Report of the Indian Hemp Drugs Commission, 1894-1895 - Volume VII
Year: 1894
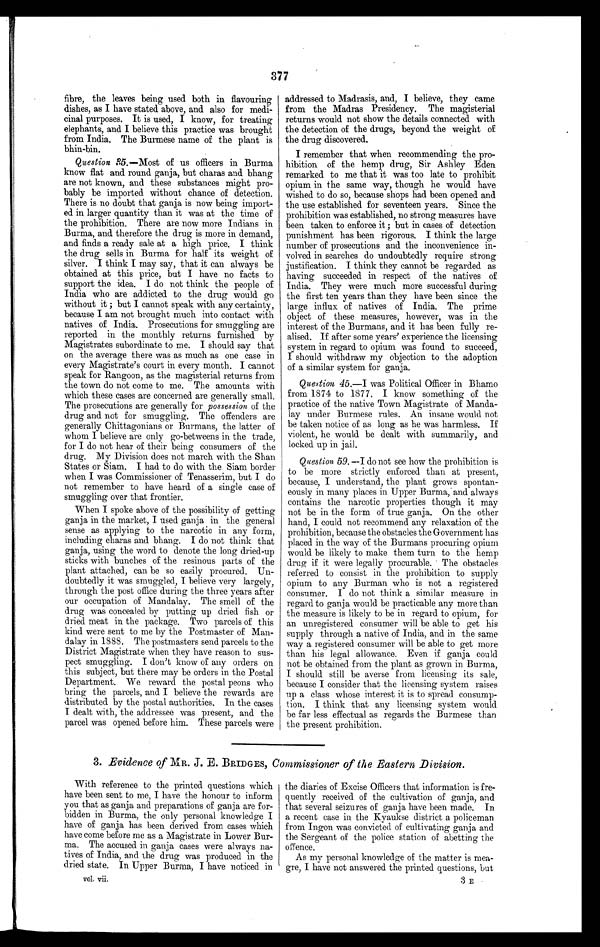
377
fibre, the leaves being used both in flavouring
dishes, as I have stated above, and also for medi-
cinal purposes. It is used, I know, for treating
elephants, and I believe this practice was brought
from India. The Burmese name of the plant is
bhin-bin.
Question 35.—Most of us officers in Burma
know flat and round ganja, but charas and bhang
are not known, and these substances might pro-
bably be imported without chance of detection.
There is no doubt that ganja is now being import-
ed in larger quantity than it was at the time of
the prohibition. There are now more Indians in
Burma, and therefore the drug is more in demand,
and finds a ready sale at a high price. I think
the drug sells in Burma for half its weight of
silver. I think I may say, that it can always be
obtained at this price, but I have no facts to
support the idea. I do not think the people of
India who are addicted to the drug would go
without it ; but I cannot speak with any certainty,
because I am not brought much into contact with
natives of India. Prosecutions for smuggling are
reported in the monthly returns furnished by
Magistrates subordinate to me. I should say that
on the average there was as much as one case in
every Magistrate's court in every month. I cannot
speak for Rangoon, as the magisterial returns from
the town do not come to me. The amounts with
which these cases are concerned are generally small.
The prosecutions are generally for possession of the
drug and not for smuggling. The offenders are
generally Chittagonians or Burmans, the latter of
whom I believe are only go-betweens in the trade,
for I do not hear of their being consumers of the
drug. My Division does not march with the Shan
States or Siam. I had to do with the Siam border
when I was Commissioner of Tenasserim, but I do
not remember to have heard of a single ease of
smuggling over that frontier.
When I spoke above of the possibility of getting
ganja in the market, I used ganja in the general
sense as applying to the narcotic in any form,
including charas and bhang. I do not think that
ganja, using the word to denote the long dried-up
sticks with bunches of the resinous parts of the
plant attached, can be so easily procured. Un-
doubtedly it was smuggled, I believe very largely,
through the post office during the three years after
our occupation of Mandalay. The smell of the
drug was concealed by putting up dried fish or
dried meat in the package. Two parcels of this
kind were sent to me by the Postmaster of Man-
dalay in 1888. The postmasters send parcels to the
District Magistrate when they have reason to sus-
pect smuggling. I don't know of any orders on
this subject, but there may be orders in the Postal
Department. We reward the postal peons who
bring the parcels, and I believe the rewards are
distributed by the postal authorities. In the cases
I dealt with, the addressee was present, and the
parcel was opened before him. These parcels were
addressed to Madrasis, and, I believe, they came
from the Madras Presidency. The magisterial
returns would not show the details connected with
the detection of the drugs, beyond the weight of
the drug discovered.
I remember that when recommending the pro-
hibition of the hemp drug, Sir Ashley Eden
remarked to me that it was too late to prohibit
opium in the same way, though he would have
wished to do so, because shops had been opened and
the use established for seventeen years. Since the
prohibition was established, no strong measures have
been taken to enforce it ; but in cases of detection
punishment has been rigorous. I think the large
number of prosecutions and the inconvenience in-
volved in searches do undoubtedly require strong
justification. I think they cannot be regarded as
having succeeded in respect of the natives of
India. They were much more successful during
the first ten years than they have been since the
large influx of natives of India. The prime
object of these measures, however, was in the
interest of the Burmans, and it has been fully re-
alised. If after some years' experience the licensing
system in regard to opium was found to succeed,
I should withdraw my objection to the adoption
of a similar system for ganja.
Question 45.—I was Political Officer in Bhamo
from 1874 to 1877. I know something of the
practice of the native Town Magistrate of Manda-
lay under Burmese rules. An insane would not
be taken notice of as long as he was harmless. If
violent, he would be dealt with summarily, and
locked up in jail.
Question 59. —I do not see how the prohibition is
to be more strictly enforced than at present,
because, I understand, the plant grows spontan-
eously in many places in Upper Burma, and always
contains the narcotic properties though it may
not be in the form of true ganja. On the other
hand, I could not recommend any relaxation of the
prohibition, because the obstacles the Government has
placed in the way of the Burmans procuring opium
would be likely to make them turn to the hemp
drug if it were legally procurable. The obstacles
referred to consist in the prohibition to supply
opium to any Burman who is not a registered
consumer. I do not think a similar measure in
regard to ganja would be practicable any more than
the measure is likely to be in regard to opium, for
an unregistered consumer will be able to get his
supply through a native of India, and in the same
way a registered consumer will be able to get more
than his legal allowance. Even if ganja could
not be obtained from the plant as grown in Burma,
I should still be averse from licensing its sale,
because I consider that the licensing system raises
up a class whose interest it is to spread consump-
tion. I think that any licensing system would
be far less effectual as regards the Burmese than
the present prohibition.
3. Evidence of MR. J. E. BRIDGES, Commissioner of the Eastern Division.
With reference to the printed questions which
have been sent to me, I have the honour to inform
you that as ganja and preparations of ganja are for-
bidden in Burma, the only personal knowledge I
have of ganja has been derived from cases which
have come before me as a Magistrate in Lower Bur-
ma. The accused in ganja cases were always na-
tives of India, and the drug was produced in the
dried state. In Upper Burma, I have noticed in
vol. vii.
the diaries of Excise Officers that information is fre-
quently received of the cultivation of ganja, and
that several seizures of ganja have been made. In
a recent case in the Kyaukse district a policeman
from Ingon was convicted of cultivating ganja and
the Sergeant of the police station of abetting the
offence.
As my personal knowledge of the matter is mea-
gre, I have not answered the printed questions, but
3 E